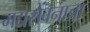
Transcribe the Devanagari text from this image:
मद्यसेवनाचा